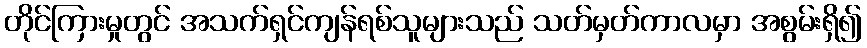
တိုင်ကြားမှုတွင် အသက်ရှင်ကျန်ရစ်သူများသည် သတ်မှတ်ကာလမှာ အစွမ်းရှိ၍